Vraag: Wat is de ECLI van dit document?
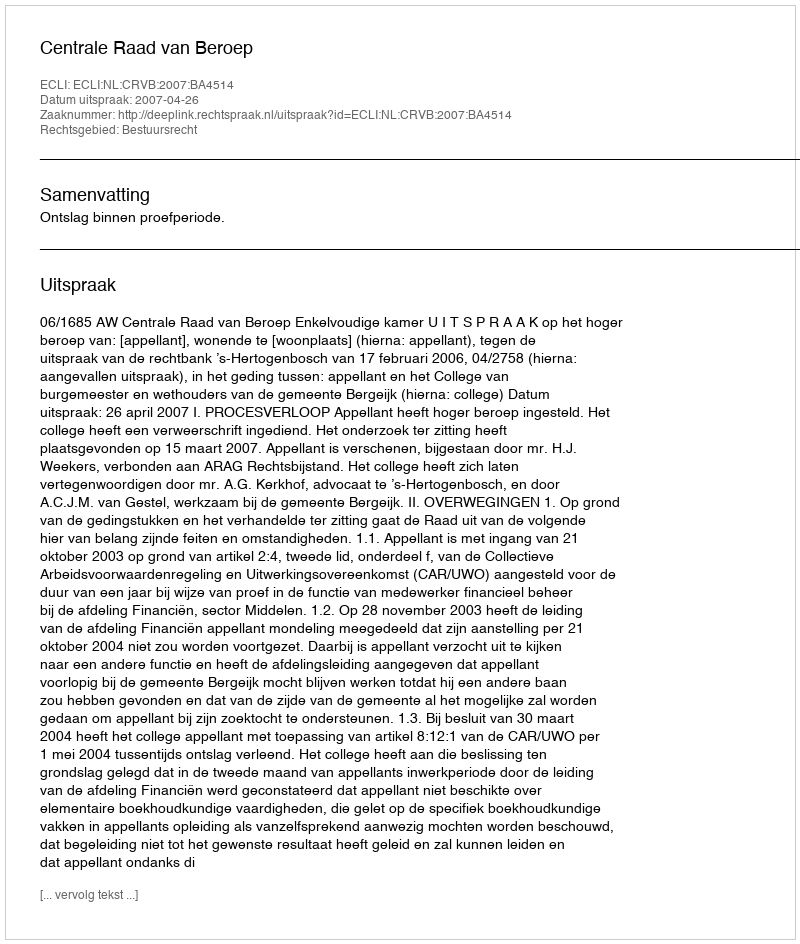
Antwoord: ECLI:NL:CRVB:2007:BA4514